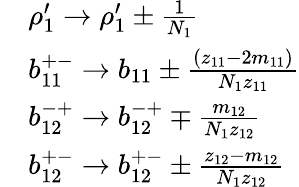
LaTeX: \begin{array}{rl}&{\rho_{1}^{\prime}\rightarrow\rho_{1}^{\prime}\pm\frac{1}{N_{1}}}\\ &{b_{11}^{+-}\rightarrow b_{11}\pm\frac{(z_{11}-2m_{11})}{N_{1}z_{11}}}\\ &{b_{12}^{-+}\rightarrow b_{12}^{-+}\mp\frac{m_{12}}{N_{1}z_{12}}}\\ &{b_{12}^{+-}\rightarrow b_{12}^{+-}\pm\frac{z_{12}-m_{12}}{N_{1}z_{12}}}\end{array}